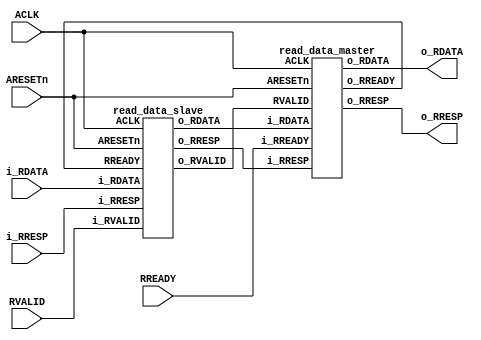
module read_data_ms(ACLK, ARESETn, RVALID, RREADY, i_RDATA, o_RDATA, i_RRESP, o_RRESP);

input ACLK, ARESETn;
input RVALID, RREADY;
input [31:0] i_RDATA;
input [1:0] i_RRESP;

output [31:0] o_RDATA;
output [1:0] o_RRESP;

wire [31:0] w_RDATA;
wire [1:0] w_RRESP;
wire o_RVALID,o_RREADY;

read_data_slave data2 (ACLK, ARESETn, RVALID, o_RVALID, o_RREADY, i_RDATA, w_RDATA, i_RRESP, w_RRESP);
read_data_master data1 (ACLK, ARESETn ,o_RVALID, RREADY, o_RREADY, w_RDATA, o_RDATA, w_RRESP, o_RRESP);

endmodule

module read_data_master(ACLK, ARESETn ,RVALID, i_RREADY, o_RREADY, i_RDATA, o_RDATA, i_RRESP, o_RRESP);

input ACLK, ARESETn;
input RVALID, i_RREADY;
input [31:0] i_RDATA;   
input [1:0] i_RRESP;

output reg o_RREADY; 
output reg [1:0] o_RRESP;    //RESP remaining
output reg [31:0] o_RDATA; 


always @ (posedge ACLK) begin
o_RRESP<=i_RRESP;
o_RDATA <= i_RDATA;
o_RREADY <= i_RREADY;
if(ARESETn)
begin
o_RREADY <= 0;
o_RDATA <= 0;
end
end
endmodule

module read_data_slave(ACLK, ARESETn, i_RVALID, o_RVALID, RREADY, i_RDATA, o_RDATA, i_RRESP, o_RRESP);
input ACLK, ARESETn;
input i_RVALID, RREADY;
input [31:0] i_RDATA;
input[1:0] i_RRESP;
   
output reg o_RVALID; 
output reg [1:0] o_RRESP; 
output reg [31:0] o_RDATA; 



/*begin
if(i_RVALID)
o_RVALID=1;
else
o_RVALID=0;
end*/

always @ (posedge ACLK)
begin
o_RVALID <= i_RVALID;
if(ARESETn)
begin
o_RVALID <= 0;
o_RDATA <= 0;
end
else if(RREADY && o_RVALID)
begin
 o_RDATA <= i_RDATA;
 o_RRESP <= i_RRESP;
 end
else begin
 o_RDATA <= 32'b0;
 o_RRESP<=2'b0;
 end

end
endmodule